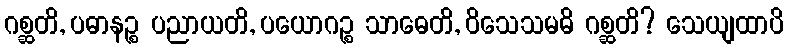
ဂစ္ဆတိ, ပဓာနဉ္စ ပညာယတိ, ပယောဂဉ္စ သာဓေတိ, ဝိသေသမဓိ ဂစ္ဆတိ? သေယျထာပိ